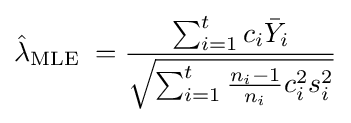
{\hat {\lambda }}_{\text{MLE }}={\frac {\sum _{i=1}^{t}c_{i}{\bar {Y}}_{i}}{\sqrt {\sum _{i=1}^{t}{\frac {n_{i}-1}{n_{i}}}c_{i}^{2}s_{i}^{2}}}}